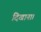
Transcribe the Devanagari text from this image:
दिखाना।